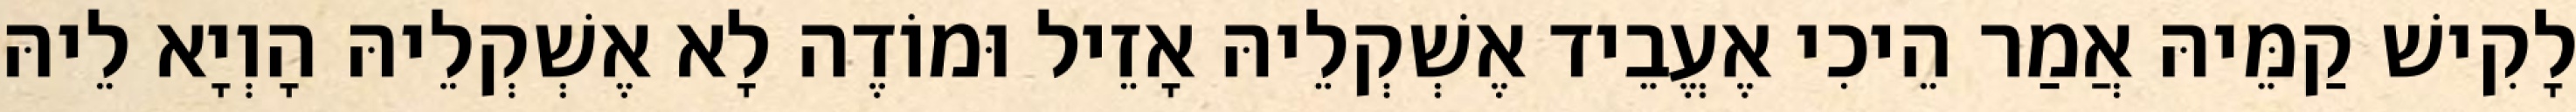
לָקִישׁ קַמֵּיהּ אֲמַר הֵיכִי אֶעֱבֵיד אֶשְׁקְלֵיהּ אָזֵיל וּמוֹדֶה לָא אֶשְׁקְלֵיהּ הָוְיָא לֵיהּ